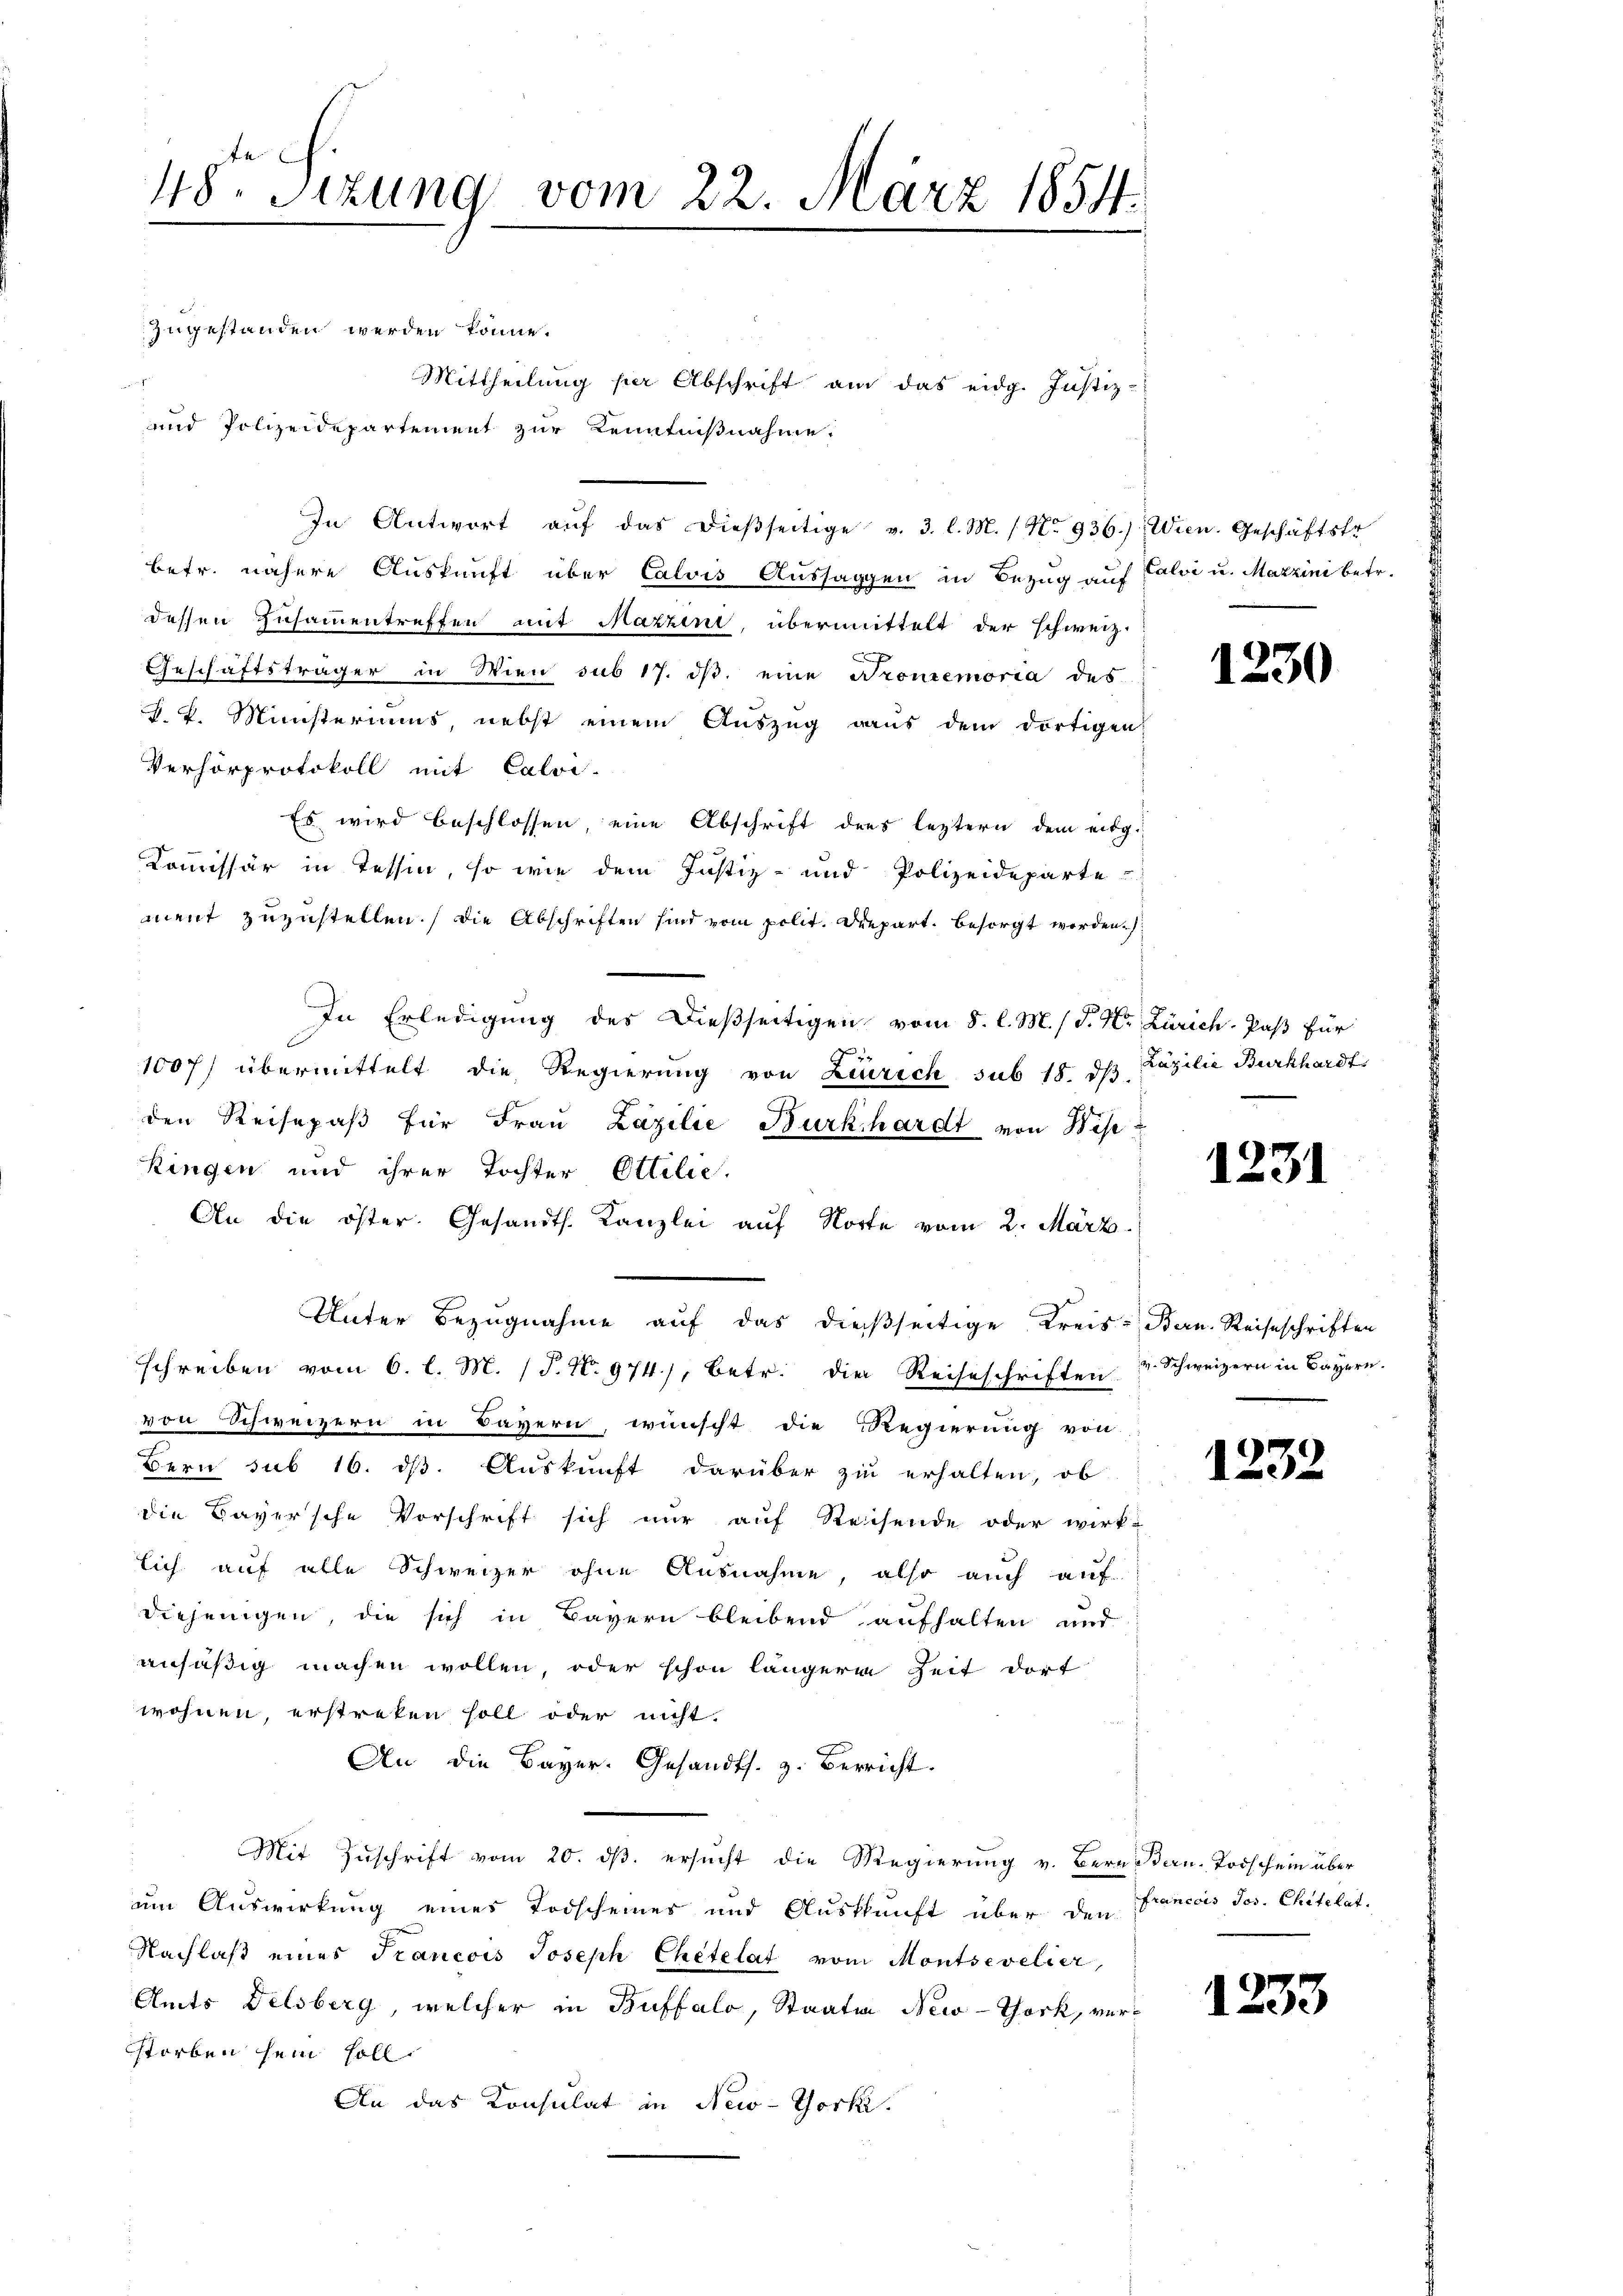
48. Sezung vom 22. März 1854.

Mittheilung per Abschrift am das eidg. Justiz-
In Antwort aŭf das dieβseitige v. 3. l. M. / No 936.) Wien. Geschäftstr
betr. nähere Auskunft über Calvis Aussagen in Bezug auf Calvi u. Marzini betr.
dessen Zusammentreffen mit Mazzini, übermittelt der schweiz.
c
Geschäftsträger in Wien sub 17. ds. eine Prontemoria des
L. Ministeriums, nebst einem Auszug aus dem dortigen
Verhörprotokoll mit Calvi.
Es wird beschlossen, eine Abschrift ders leztern dem eidg
Kommissär in Tessin, so wie dem Justiz- und Polizeideparte
ment zuzustellen.) Die Abschriften sind vom polit. Depart. besorgt werden.
In Erledigung des Dießseitigen vom 8. l. M. / P. Nr. Zürich, Paß für
1007) übermittelt die Regierung von Zürich sub 18. dβ Zäzilie Burkhardt
den Reisepaβ für Fraŭ Zäzilie Burkhardt von Wese
Ringen und ihrer Tochter Ottilie.
An die öster. Gesandts. Kanzlei auf Korte vom 2. März.
Unter Bezugnahme auf das dießseitige Kreis- Bern. Reiseschriften
sschreiben vom 6. l. M. (T. N. 974), betr. die Reiseschriften & Schweizern in Bayern.
von Schweizern in Bayern, wünscht die Regierung von
Bern sub 16. ds. Auskunft darüber zu erhalten, ob
die Bayersche Vorschrift sich nur auf Reisende oder wirk-
lich auf alle Schweizer ohne Ausnahme, also auch auf
diejenigen, die sich in Bayern bleibend aufhalten und
ansäßig machen wollen, oder schon längere Zeit dort
wohnen, erstreken soll oder nicht.
An die Bayer. Gesandts. z. Berricht.
Mit Zuschrift vom 20. dβ. ersucht die Regierung v. Bern Bern-Todschein über
um Auswirkung eines Todscheines und Auskunft über den Francois Jos. Chitelat.
Nachlaß eines Francois Joseph Chetelat vom Montsevelier,
Amts Delsberg, welcher in Buffalo, Staaten New-York, verstorben sein soll.
An das Konsulat in New-Yorki.

zugestanden werden könne.
 eig
und Polizeidepartement zur Kenntnißnahme.

1230

1231

1232

1233